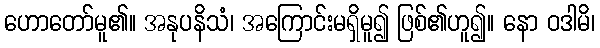
ဟောတော်မူ၏။ အနုပနိသံ၊ အကြောင်းမရှိမူ၍ ဖြစ်၏ဟူ၍။ နော ဝဒါမိ၊